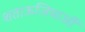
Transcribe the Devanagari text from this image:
शताऊजियाओं